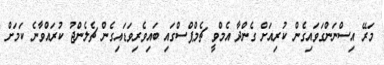
މަރޭ އިސްނަންގަވައިގެން ކުރިއަށް ގެންދާ އެމްވީ ޗެމްޕްސްގައި ބައިވެރިވަޑައިގެން ޗެލެންޖު ކުރައްވާނެ ކަމަށް